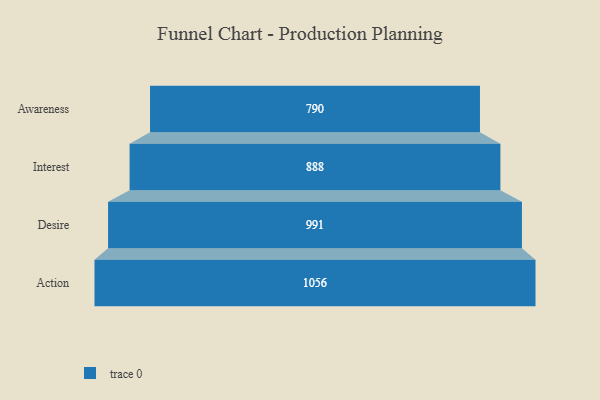
{"axis": {"x": "Stage", "y": "Value"}, "legend": [""], "data": [{"x": "Awareness", "y": 790.0, "type": ""}, {"x": "Interest", "y": 888.0, "type": ""}, {"x": "Desire", "y": 991.0, "type": ""}, {"x": "Action", "y": 1056.0, "type": ""}]}